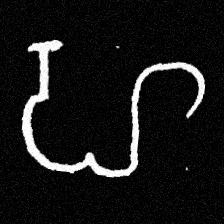
Pyu character \u2014 Myanmar letter: ဟ (romanized: ha)